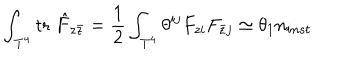
\int _ { { \bf T } ^ { 4 } } \mathrm { t r } \; \hat { F } _ { z \bar { z } } = { \frac { 1 } { 2 } } \int _ { { \bf T } ^ { 4 } } \theta ^ { i j } F _ { z i } F _ { \bar { z } j } \simeq \theta _ { 1 } n _ { i n s t }